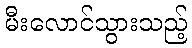
မီးလောင်သွားသည့်